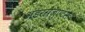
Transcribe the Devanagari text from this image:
अंडरग्रेजुएट्स